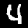
Label: 4